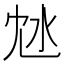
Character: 沊